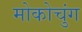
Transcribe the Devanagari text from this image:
मोकोचुंग